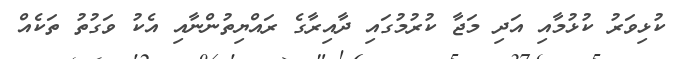
ކުޅިވަރު ކުޅުމާއި އަދި މަޖާ ކުރުމުގައި ދާއިރާގެ ރައްޔިތުންނާއި އެކު ވަގުތު ތަކެއް